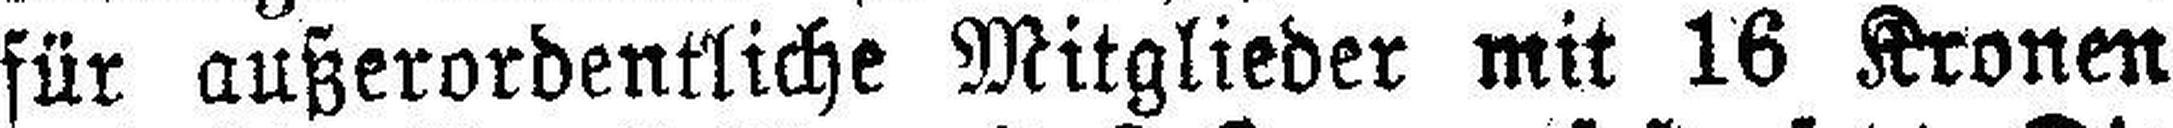
für außerordentliche Mitglieder mit 16 Kronen